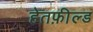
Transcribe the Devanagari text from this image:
हेतफ़ील्ड